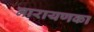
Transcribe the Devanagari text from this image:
नारायणका